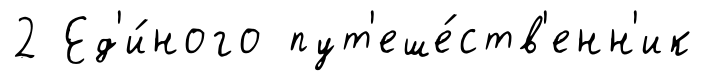
2 Ед'и́ного пут'еше́ств'енн'ик